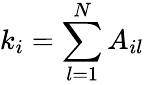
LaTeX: k_{i}=\sum_{l=1}^{N}A_{il}